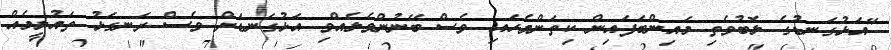
"އަޅުގަނޑުގެ ލޮބުވެތި މައިންބަފައިން ކިތަންމެހައި ވެސް ބޭނުންވެލެއްވި އަޅުގަނޑަށް ވެސް ރަނގަޅު ތައުލީމެއް